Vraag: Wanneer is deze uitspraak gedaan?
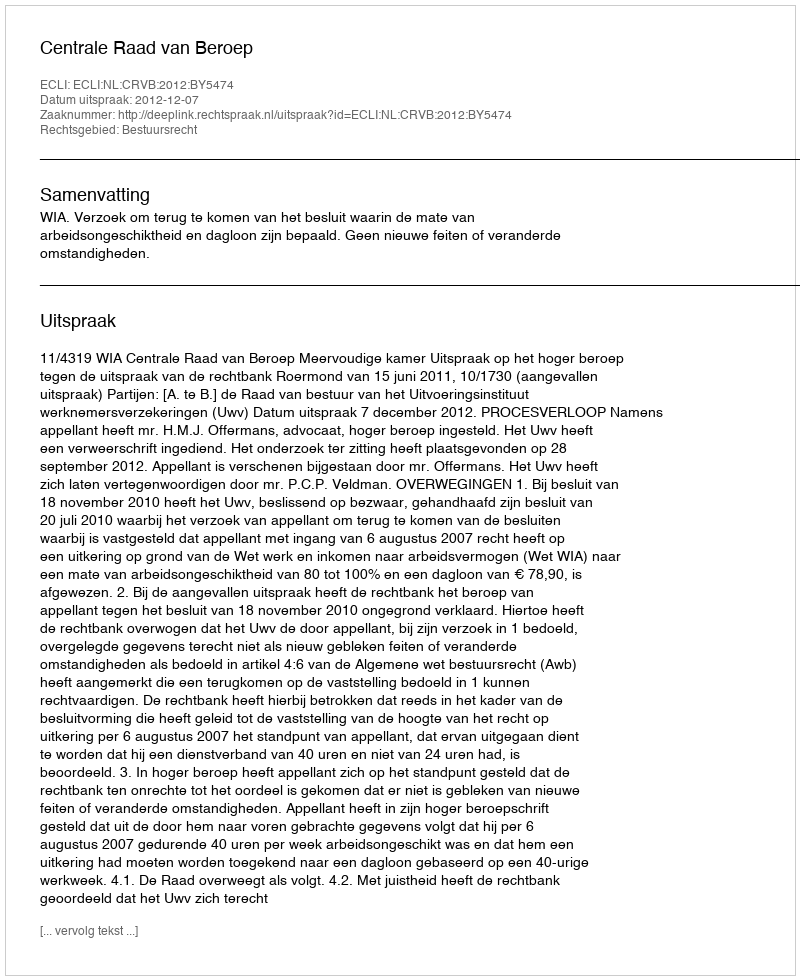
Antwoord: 2012-12-07